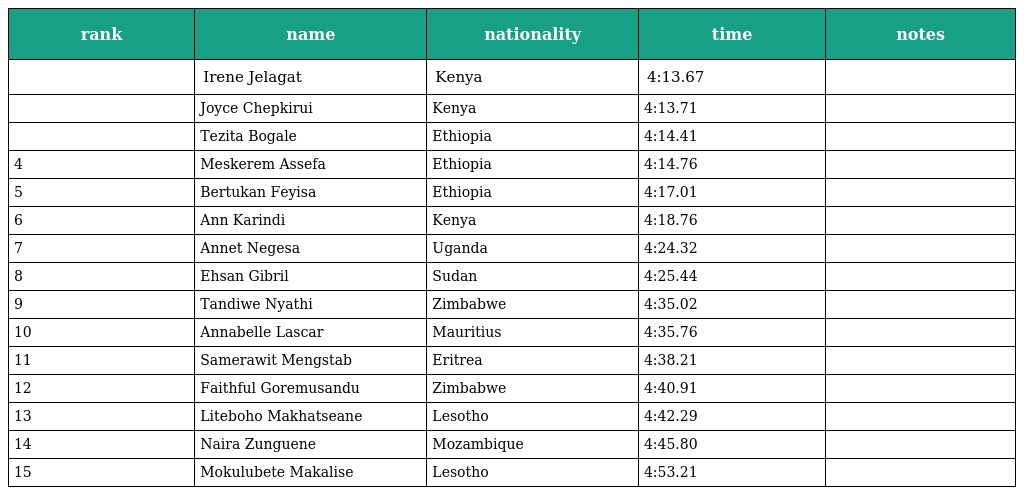
| rank | name | nationality | time | notes |
 | --- | --- | --- | --- | --- |
 |  | Irene Jelagat | Kenya | 4:13.67 |  |
 |  | Joyce Chepkirui | Kenya | 4:13.71 |  |
 |  | Tezita Bogale | Ethiopia | 4:14.41 |  |
 | 4 | Meskerem Assefa | Ethiopia | 4:14.76 |  |
 | 5 | Bertukan Feyisa | Ethiopia | 4:17.01 |  |
 | 6 | Ann Karindi | Kenya | 4:18.76 |  |
 | 7 | Annet Negesa | Uganda | 4:24.32 |  |
 | 8 | Ehsan Gibril | Sudan | 4:25.44 |  |
 | 9 | Tandiwe Nyathi | Zimbabwe | 4:35.02 |  |
 | 10 | Annabelle Lascar | Mauritius | 4:35.76 |  |
 | 11 | Samerawit Mengstab | Eritrea | 4:38.21 |  |
 | 12 | Faithful Goremusandu | Zimbabwe | 4:40.91 |  |
 | 13 | Liteboho Makhatseane | Lesotho | 4:42.29 |  |
 | 14 | Naira Zunguene | Mozambique | 4:45.80 |  |
 | 15 | Mokulubete Makalise | Lesotho | 4:53.21 |  |